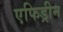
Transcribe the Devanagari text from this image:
एफिड्रीन